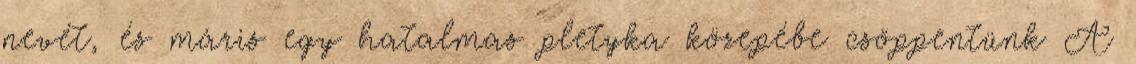
nevét, és máris egy hatalmas pletyka közepébe csöppentünk A